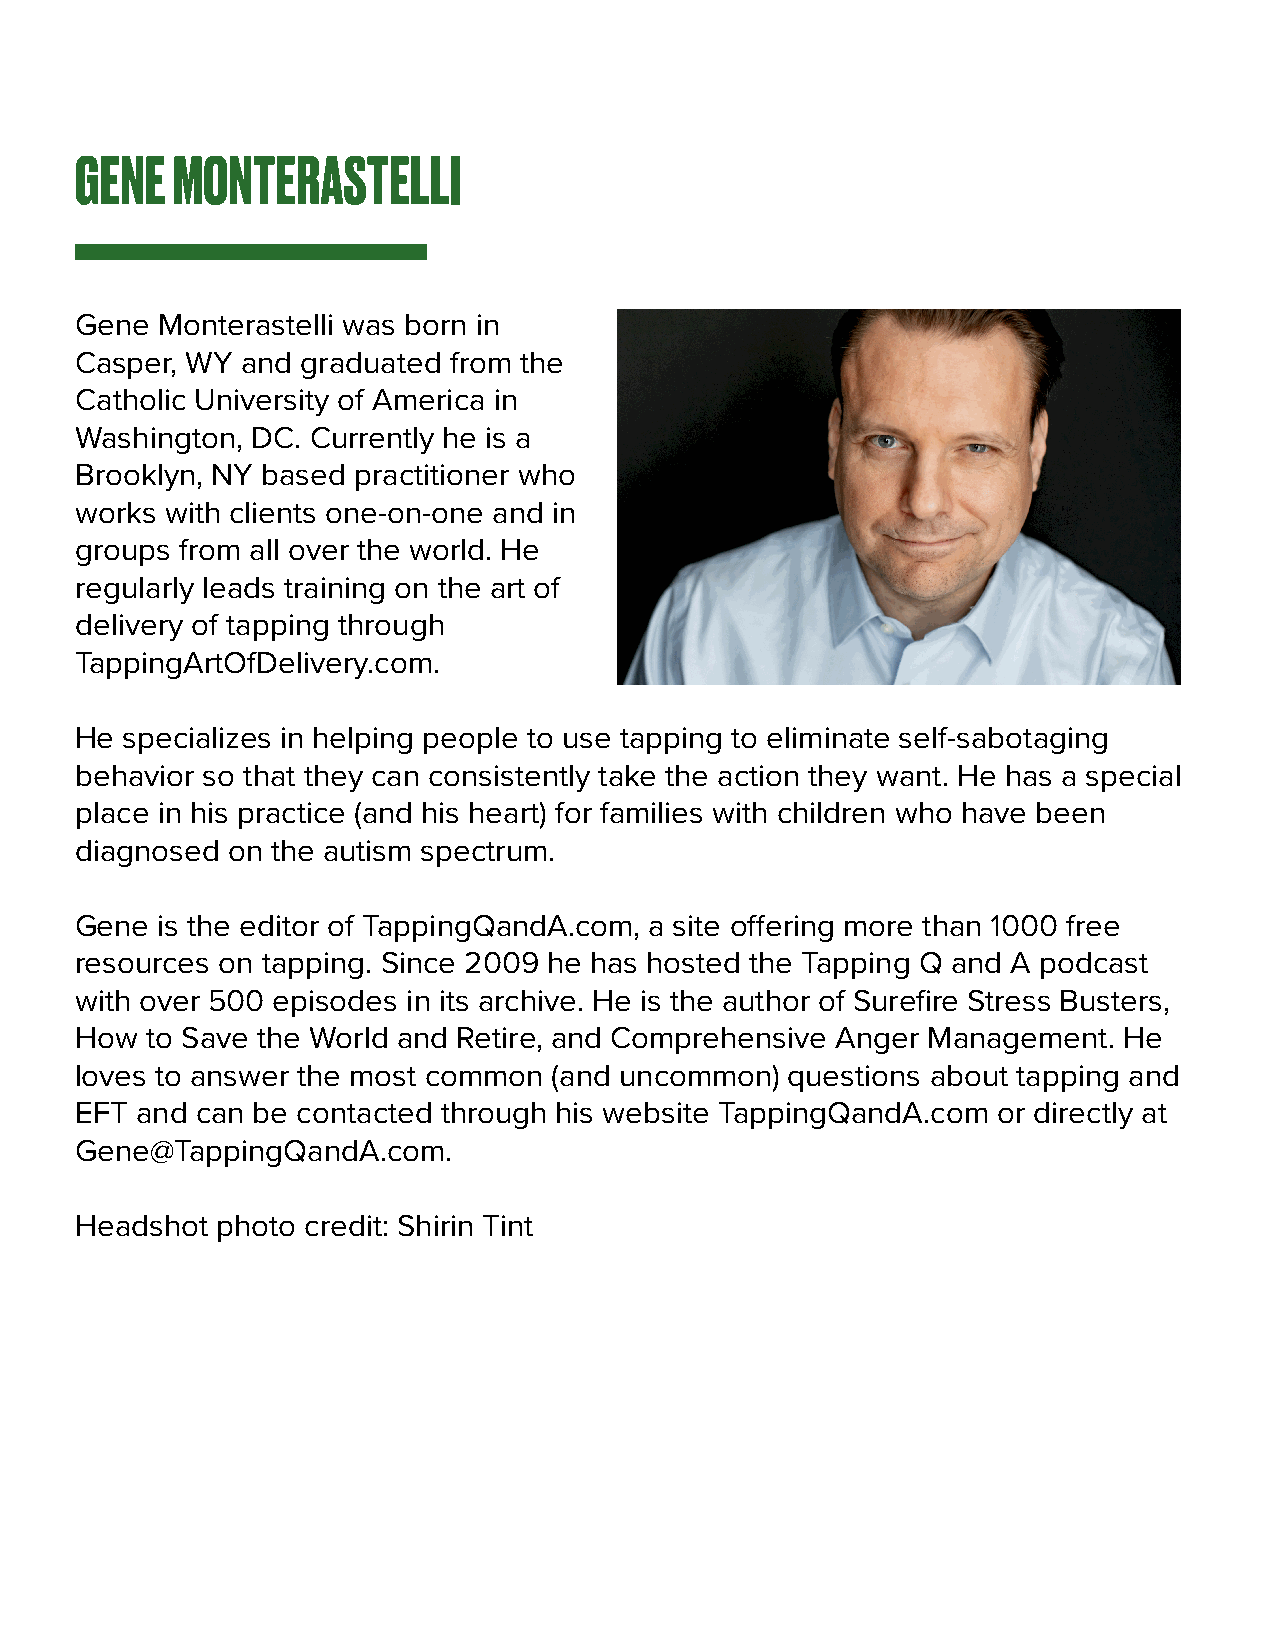
GENE  MONTERASTELLI
 Gene Monterastelli was born in
 Casper, WY and graduated from the
 Catholic University of America in
 Washington, DC. Currently he is a
 Brooklyn, NY based practitioner who
 works with clients one-on-one and in
 groups from all over the world. He
 regularly leads training on the art of
 delivery of tapping through
 TappingArtOfDelivery.com.
 He specializes in helping people to use tapping to eliminate self-sabotaging
 behavior so that they can consistently take the action they want. He has a special
 place in his practice (and his heart) for families with children who have been
 diagnosed on the autism spectrum.
 Gene is the editor of TappingQandA.com, a site offering more than 1000 free
 resources on tapping. Since 2009 he has hosted the Tapping Q and A podcast
 with over 500 episodes in its archive. He is the author of Surefire Stress Busters,
 How  to Save the World and Retire, and Comprehensive Anger Management. He
 loves to answer the most common (and uncommon) questions about tapping and
 EFT and can be contacted through his website TappingQandA.com or directly at
 Gene@TappingQandA.com.
 Headshot photo credit: Shirin Tint